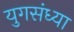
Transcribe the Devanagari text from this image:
युगसंध्या